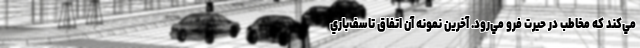
مي‌كند كه مخاطب در حيرت فرو مي‌رود. آخرين نمونه آن اتفاق تاسف‌باري